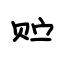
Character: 贮